Epidemic dropsy in Calcutta - Number 49
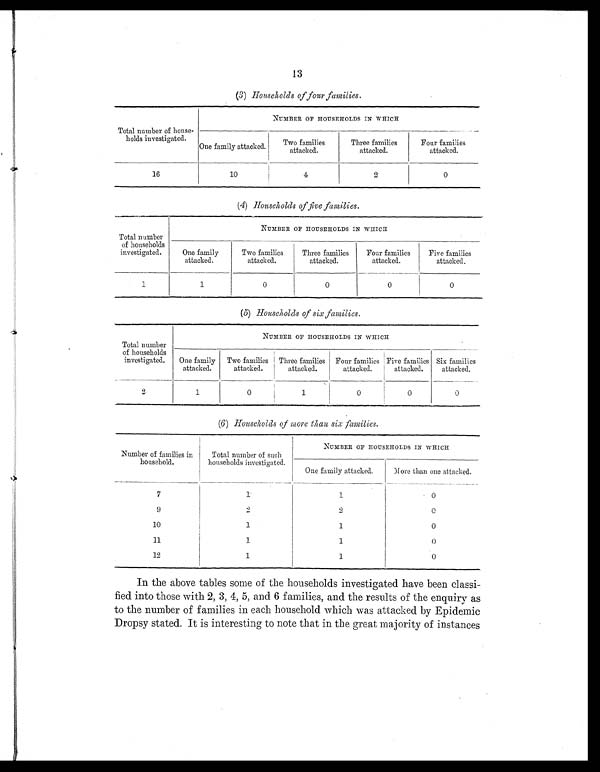
13
(3) Households of four families.
NUMBER OF HOUSEHOLDS IN WHICH
Total number of house-
holds investigated.
One family attacked.
Two families
attacked.
Three families
attacked.
Four families
attacked.
16
10
4
2
0
(4) Households of five families.
Total number
of households
investigated.
NUMBER OF HOUSEHOLDS IN WHICH
One family
attacked.
Two families
attacked.
Three families
attacked.
Four families
attacked.
0
Five families
attacked.
1
1
0
0
0
(5) Households of six families.
Total number
of households
investigated.
NUMBER OF HOUSEHOLDS IN WHICH
One family
attacked.
Two families
attacked.
Three families
attacked.
Four families Five families
attacked.
attacked.
Six familie
s attacked.
0
2
1
0
1
0
0
(6) Households of more thaw six families.
NUMBER OF HOUSEHOLDS IN WHICH
Number of families in
household.
Total number of such
households investigated.
One family attacked.
More than one attacked.
7
1
1
0
9
2 2
0
10
1
1
0
11
1
1
0
1 2
1
1
0
In the above tables some of the households investigated have been classi-
fied into those with 2, 3, 4, 5, and 6 families, and the results of the enquiry as
to the number of families in each household which was attacked by Epidemic
Dropsy stated. It is interesting to note that in the great majority of instances